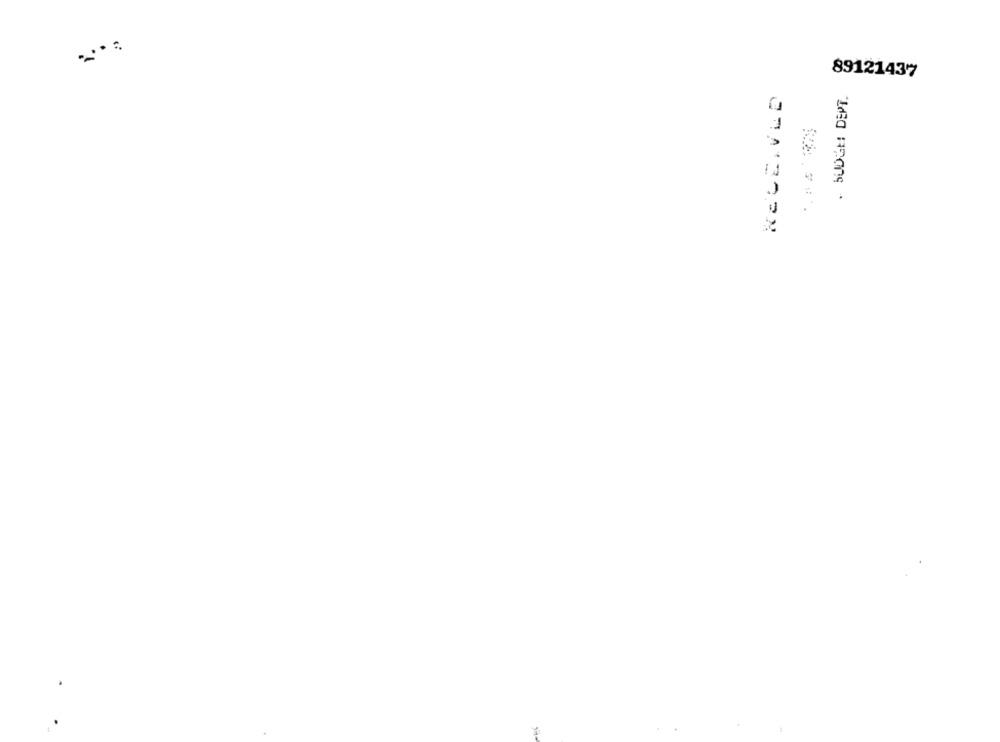
89121437
RECEIVED
. BUDGE: DEPT.